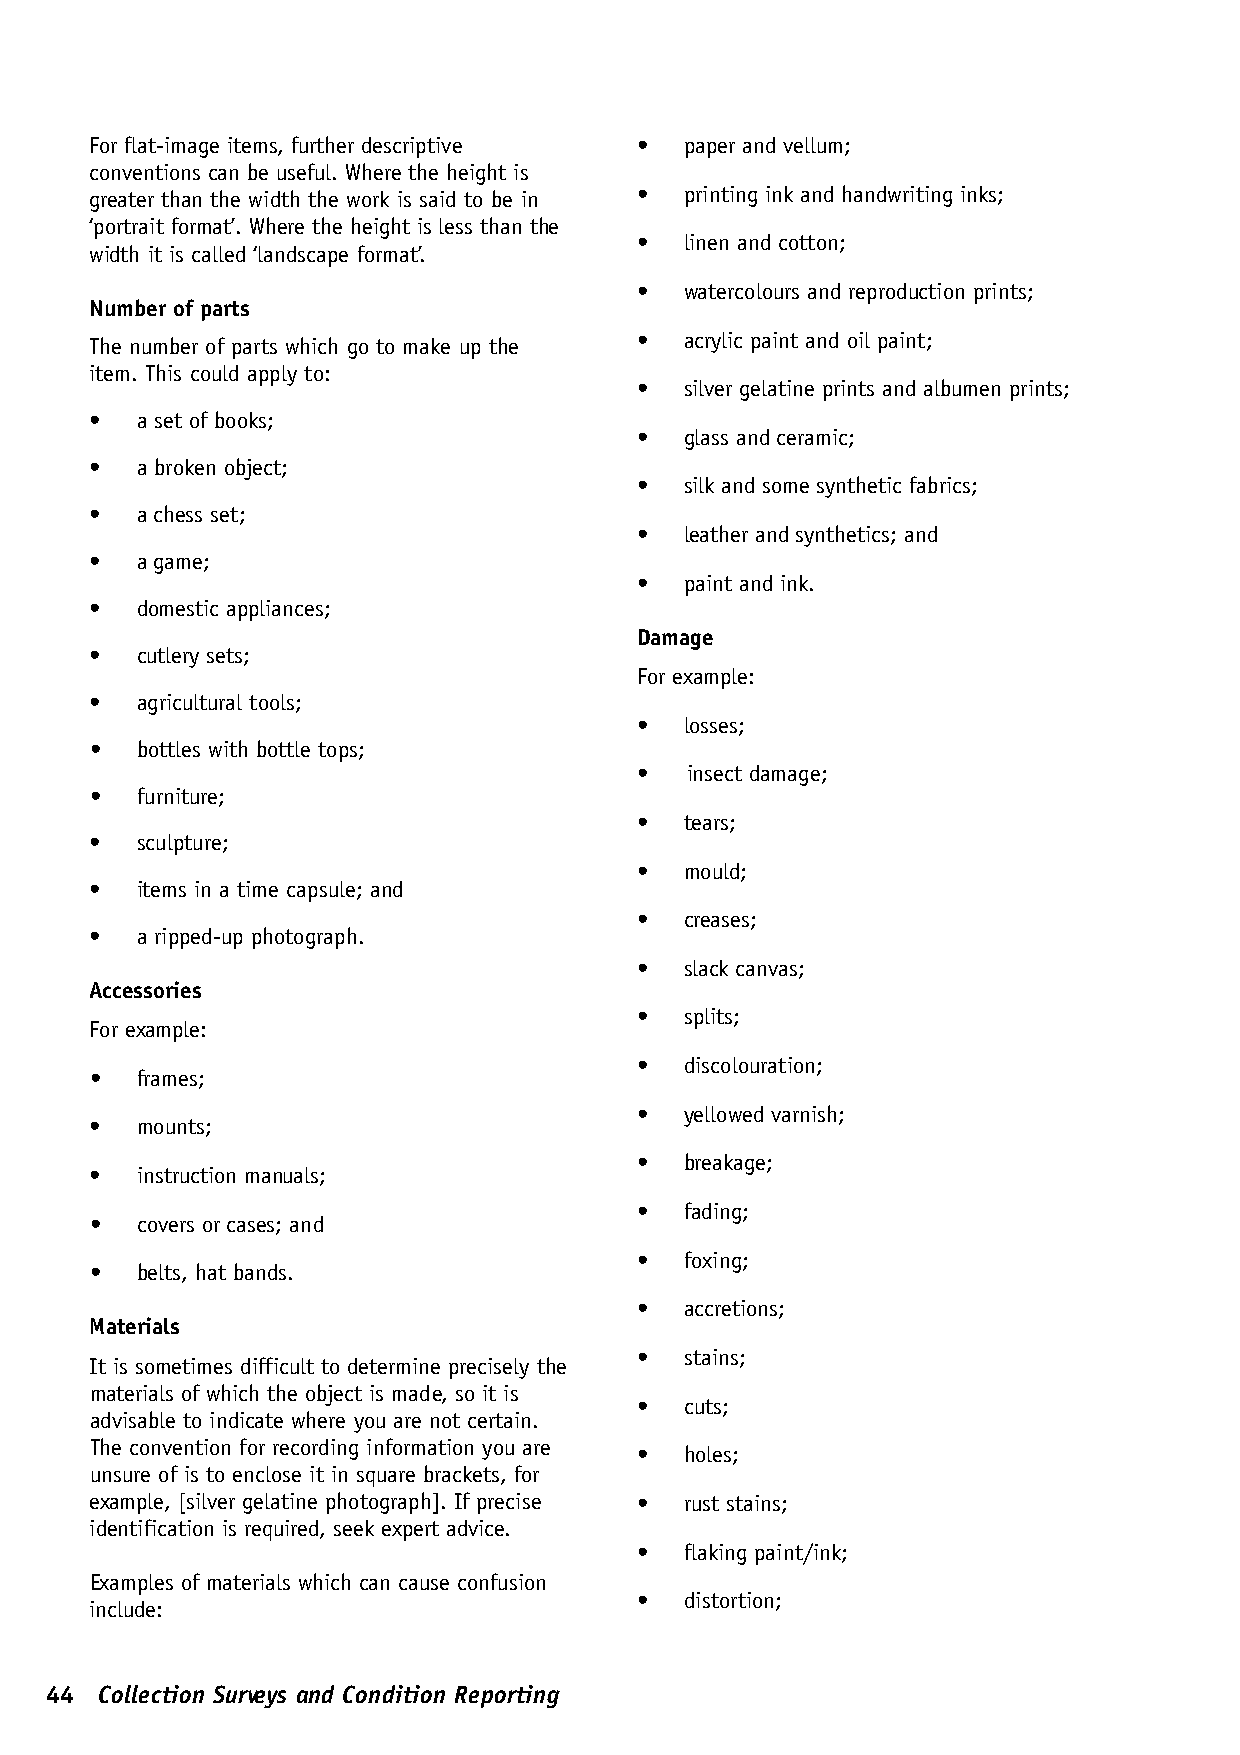
For flat-image items, further descriptive • paper and vellum;
 conventions can be useful. Where the height is
 greater than the width the work is said to be in • printing ink and handwriting inks;
 ‘portrait format’. Where the height is less than the
 •  linen and cotton;
 width it is called ‘landscape format’.
 •  watercolours and reproduction prints;
 Number of parts
 •  acrylic paint and oil paint;
 The number of parts which go to make up the
 item. This could apply to:
 •  silver gelatine prints and albumen prints;
 •  a set of books;
 •  glass and ceramic;
 •  a broken object;
 •  silk and some synthetic fabrics;
 •  a chess set;
 •  leather and synthetics; and
 •  a game;
 •  paint and ink.
 •  domestic appliances;
 Damage
 •  cutlery sets;
 For example:
 •  agricultural tools;
 •  losses;
 •  bottles with bottle tops;
 •  insect damage;
 •  furniture;
 •  tears;
 •  sculpture;
 •  mould;
 •  items in a time capsule; and
 •  creases;
 •  a ripped-up photograph.
 •  slack canvas;
 Accessories
 •  splits;
 For example:
 •  discolouration;
 •  frames;
 •  yellowed varnish;
 •  mounts;
 •  breakage;
 •  instruction manuals;
 •  fading;
 •  covers or cases; and
 •  foxing;
 •  belts, hat bands.
 •  accretions;
 Materials
 •  stains;
 It is sometimes difficult to determine precisely the
 materials of which the object is made, so it is
 •  cuts;
 advisable to indicate where you are not certain.
 The convention for recording information you are
 •  holes;
 unsure of is to enclose it in square brackets, for
 example, [silver gelatine photograph]. If precise • rust stains;
 identification is required, seek expert advice.
 •  flaking paint/ink;
 Examples of materials which can cause confusion
 •  distortion;
 include:
 44  Collection Surveys and Condition Reporting